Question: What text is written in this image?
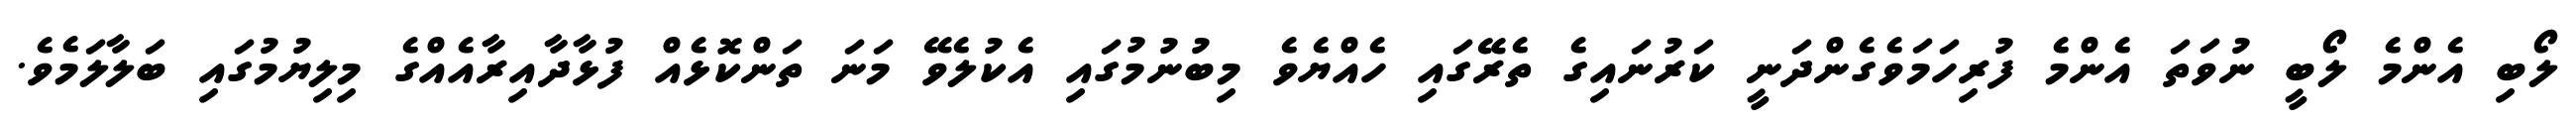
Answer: ލޯބި އެންމެ ލޯބީ ނުވަތަ އެންމެ ފުރިހަމަވެގެންދަނީ ކަރުނައިގެ ތެރޭގައި ހެއްޔެވެ މިބުނުމުގައި އެކުލެވޭ މަނަ ތަންކޮޅެއް ފުޅާދާއިރާއެއްގެ މިލިޔުމުގައި ބަލާލަމެވެ.